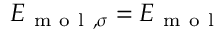
E _ { \mathrm { ~ m ~ o ~ l ~ } , \sigma } = E _ { \mathrm { ~ m ~ o ~ l ~ } }